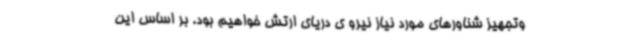
وتجهیز شناورهای مورد نیاز نیرو ی دریای ارتش خواهیم بود. بر اساس این